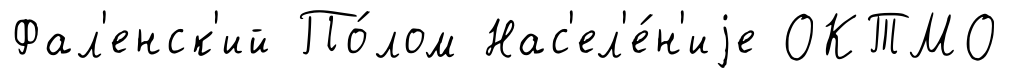
Фал'енск'ий По́лом Нас'ел'е́н'иjе ОКТМО